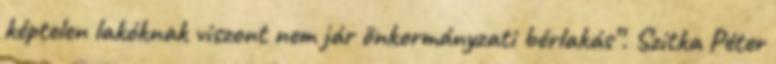
képtelen lakóknak viszont nem jár önkormányzati bérlakás”. Szitka Péter